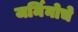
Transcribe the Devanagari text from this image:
जर्मिनोचे